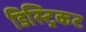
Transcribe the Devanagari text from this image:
डिस्ट्रिकट